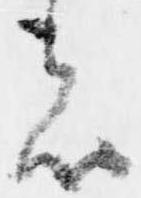
者